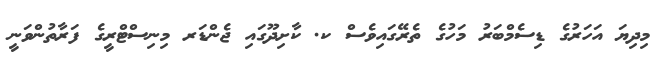
މިދިޔަ އަހަރުގެ ޑިސެމްބަރު މަހުގެ ތެރޭގައިވެސް ކ. ކާށިދޫގައި ޖެންޑަރ މިނިސްޓްރީގެ ފަރާތުންވަނީ